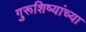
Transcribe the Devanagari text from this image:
गुरूशिष्यांच्या